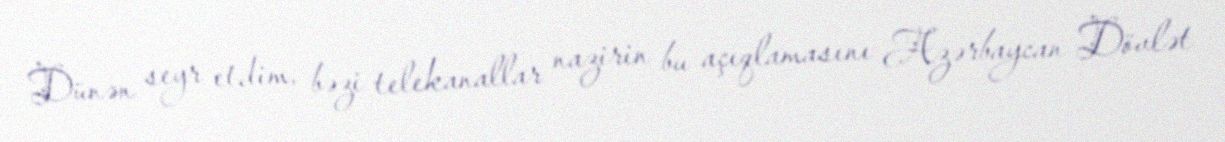
Dünən seyr etdim, bəzi telekanallar nazirin bu açıqlamasını Azərbaycan Dövlət